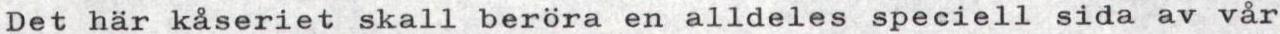
Det har kåseriet skall beröra en alldeles speciell sida av vår